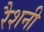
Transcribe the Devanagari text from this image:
रैशनी